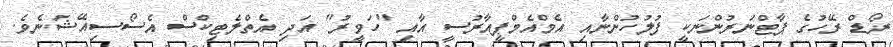
ރޯޑް ރޭހުގެ ޕާޓްނަރުންނަކީ ފުލުހުންނާއި އެމްއެމްޕީއާރުސީ އާއި "ހަވީރު" އަދި އެތްލެޓިކްސް އެސޯސިއޭޝަނެވެ.